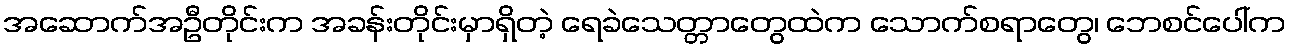
အဆောက်အဦတိုင်းက အခန်းတိုင်းမှာရှိတဲ့ ရေခဲသေတ္တာတွေထဲက သောက်စရာတွေ၊ ဘေစင်ပေါ်က